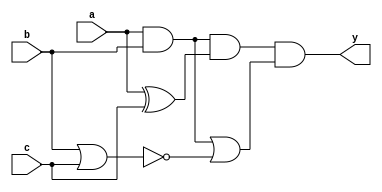
module top(a, b, c, y);
  input a, b, c;
  output y;
  and g1 (g1, a, b);
  xor g2 (g2, a, c);
  nor g3 (g3, b, c);
  and g4 (g4, g1, g2);
  or g5 (g5, g1, g3);
  and y (y, g4, g5);
endmodule